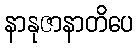
နာနုဇာနာတိပေ